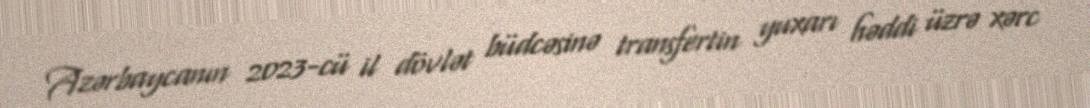
Azərbaycanın 2023-cü il dövlət büdcəsinə transfertin yuxarı həddi üzrə xərc